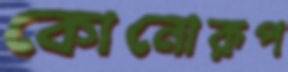
কোনোরূপ